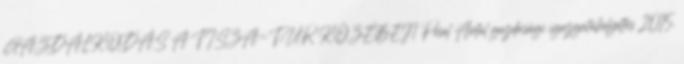
GAZDÁLKODÁS A TISZA-TÚR KÖZÉBEN Pesel Antal gazdasági igazgatóhelyettes 2015.